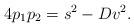
LaTeX: \begin{align*}4p_1p_2=s^2-Dv^2.\end{align*}